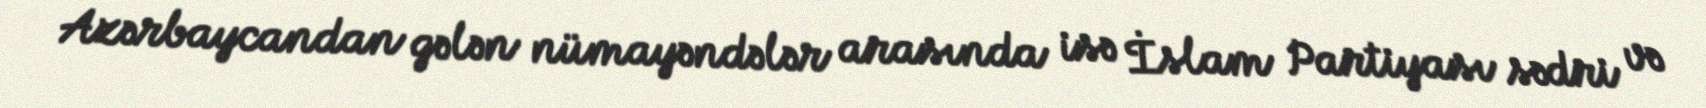
Azərbaycandan gələn nümayəndələr arasında isə İslam Partiyası sədri və